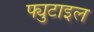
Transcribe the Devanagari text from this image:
फ्युटाइल